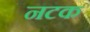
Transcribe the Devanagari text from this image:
नटक